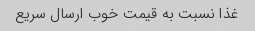
غذا نسبت به قیمت خوب ارسال سریع